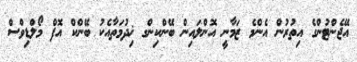
އޭޖެންޓުންގެ އިތުރުން އެންމެ ޒަމާނީ އޮންލައިން ބޭންކިންގ ޚިދުމަތާއެކު ބޭންކް އޮފް މޯލްޑިވްސް